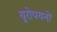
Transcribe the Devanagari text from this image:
यूरोपयनों